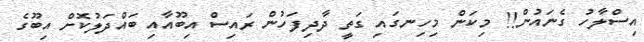
އިސްލާހު ގެނައުން!! މިކަން މިހިނގައި ގަތީ ދާދިފަހުން ރައިސް އިބޫއާއި ބައްދަލުކޮށް އިބޫގެ